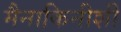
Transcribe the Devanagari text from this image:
मैनाकिनीशी